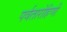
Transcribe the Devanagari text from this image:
पर्वतारोहिणी